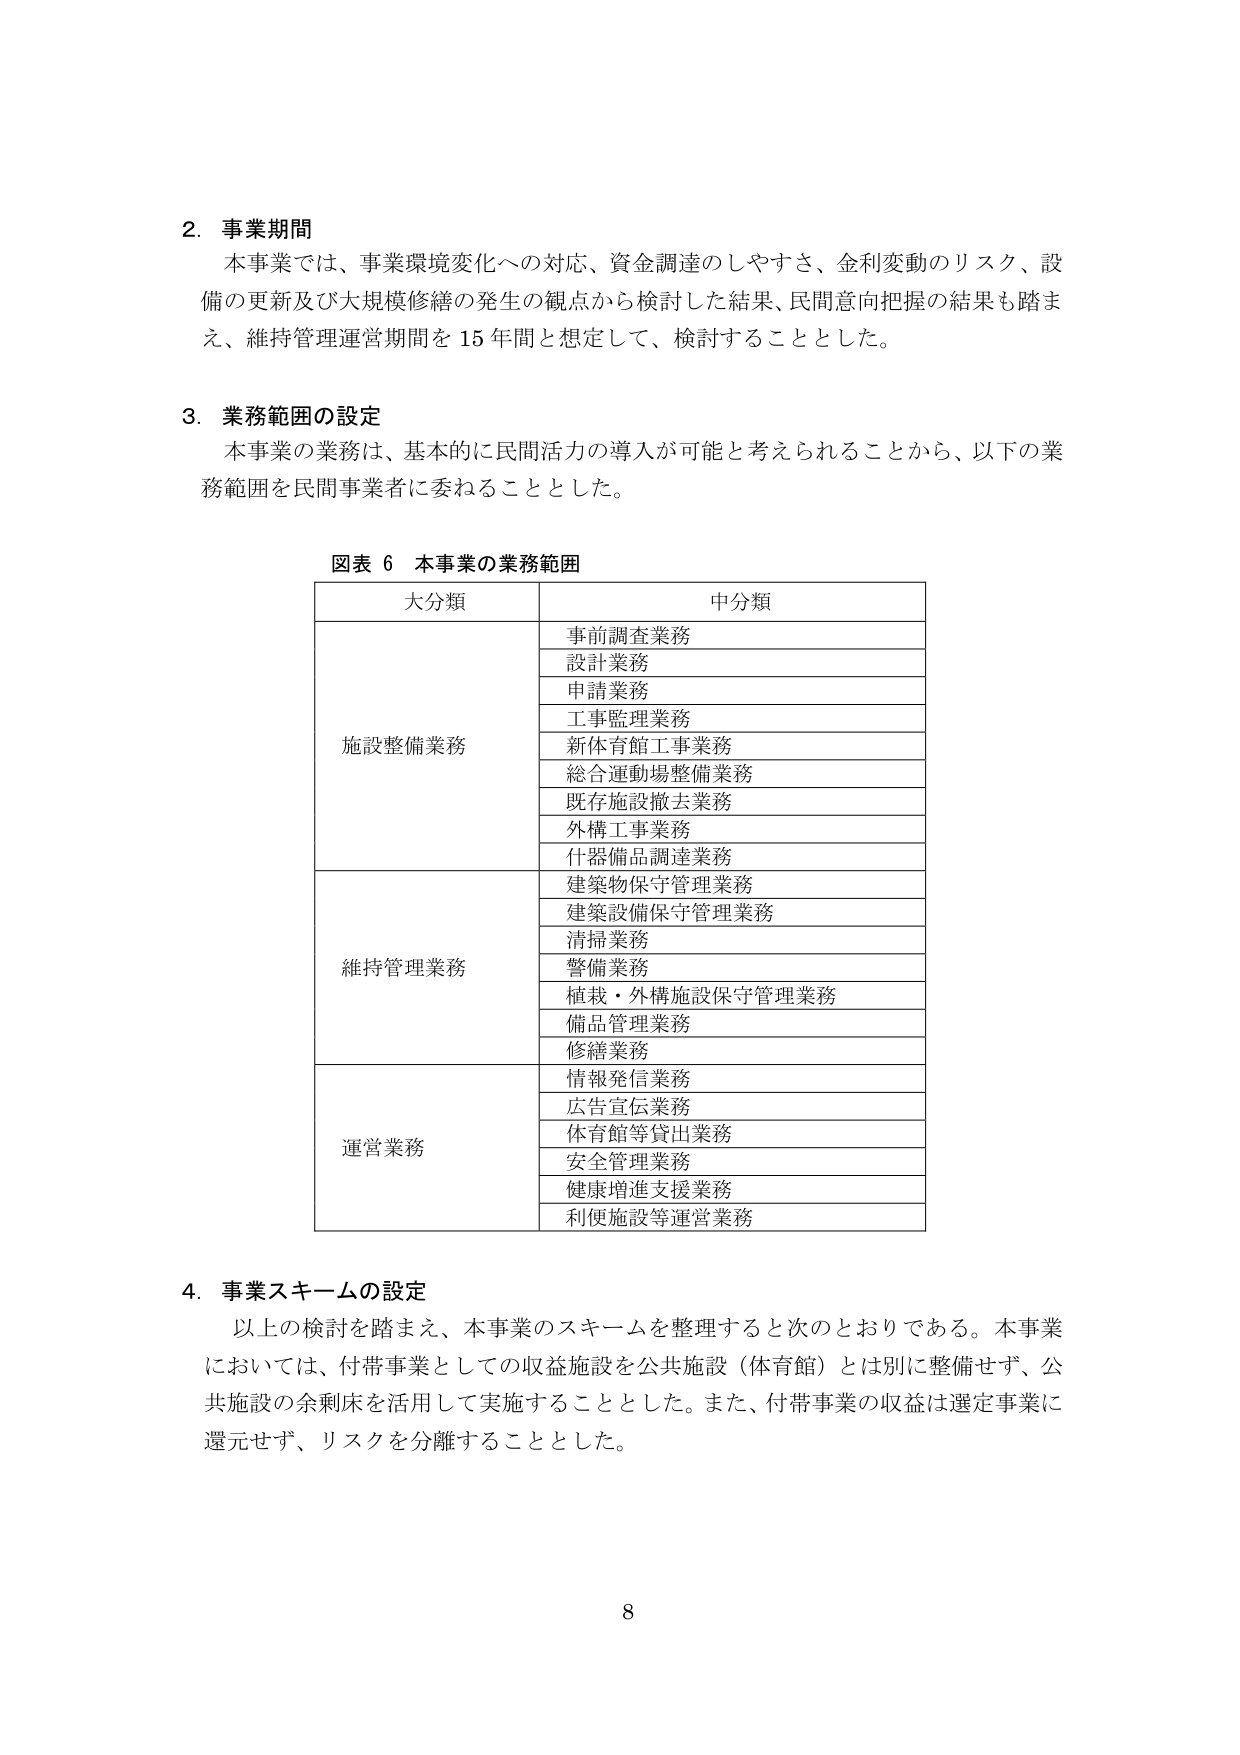
2. 事業期間
本事業では、事業環境変化への対応、資金調達のしやすさ、金利変動のリスク、設備の更新及び大規模修繕の発生の観点から検討した結果、民間意向把握の結果も踏まえ、維持管理運営期間を15年間と想定して、検討することとした。

3. 業務範囲の設定
本事業の業務は、基本的に民間活力の導入が可能と考えられることから、以下の業務範囲を民間事業者に委ねることとした。

図表 6 本事業の業務範囲
大分類　　　　　　　　　　　　　中分類
施設整備業務　　　　　　　　　　事前調査業務
　　　　　　　　　　　　　　　　設計業務
　　　　　　　　　　　　　　　　申請業務
　　　　　　　　　　　　　　　　工事監理業務
　　　　　　　　　　　　　　　　新体育館工事業務
　　　　　　　　　　　　　　　　総合運動場整備業務
　　　　　　　　　　　　　　　　既存施設撤去業務
　　　　　　　　　　　　　　　　外構工事業務
　　　　　　　　　　　　　　　　什器備品調達業務
維持管理業務　　　　　　　　　　建築物保守管理業務
　　　　　　　　　　　　　　　　建築設備保守管理業務
　　　　　　　　　　　　　　　　清掃業務
　　　　　　　　　　　　　　　　警備業務
　　　　　　　　　　　　　　　　植栽・外構施設保守管理業務
　　　　　　　　　　　　　　　　備品管理業務
　　　　　　　　　　　　　　　　修繕業務
運営業務　　　　　　　　　　　　情報発信業務
　　　　　　　　　　　　　　　　広告宣伝業務
　　　　　　　　　　　　　　　　体育館等貸出業務
　　　　　　　　　　　　　　　　安全管理業務
　　　　　　　　　　　　　　　　健康増進支援業務
　　　　　　　　　　　　　　　　利便施設等運営業務

4. 事業スキームの設定
以上の検討を踏まえ、本事業のスキームを整理すると次のとおりである。本事業においては、付帯事業としての収益施設を公共施設（体育館）とは別に整備せず、公共施設の余剰床を活用して実施することとした。また、付帯事業の収益は選定事業に還元せず、リスクを分離することとした。

8